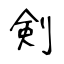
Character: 剣